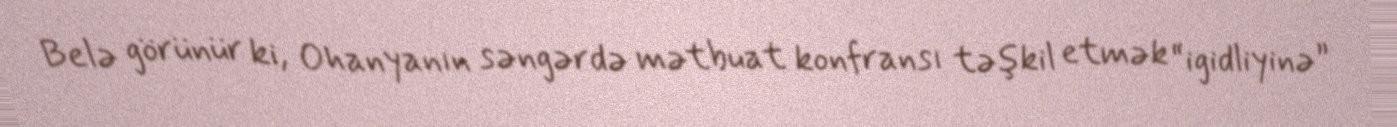
Belə görünür ki, Ohanyanın səngərdə mətbuat konfransı təşkil etmək “igidliyinə”